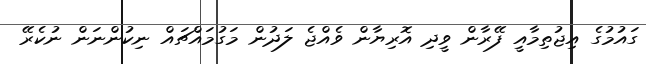
ގައުމުގެ އިޖުތިމާއީ ފޭރާން ވީދި އޮރިޔާން ވެއްޖެ ލަދުން މަގުމައްޗައް ނިކުންނަން ނުކެރޭ